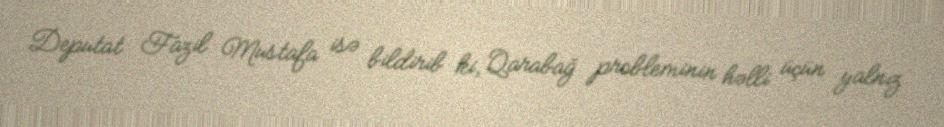
Deputat Fazil Mustafa isə bildirib ki, Qarabağ probleminin həlli üçün yalnız